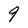
Character: 9